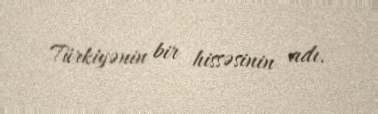
Türkiyənin bir hissəsinin adı.